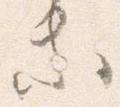
等